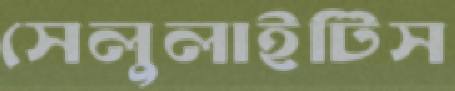
সেলুলাইটিস